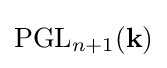
\mathrm {PGL} _{n+1}(\mathbf {k} )